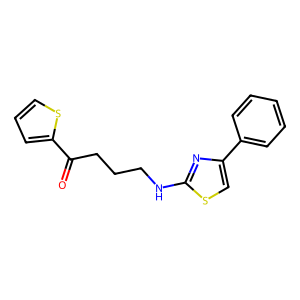
SMILES: O=C(CCCNc1nc(-c2ccccc2)cs1)c1cccs1
Inhibits HIV replication: No